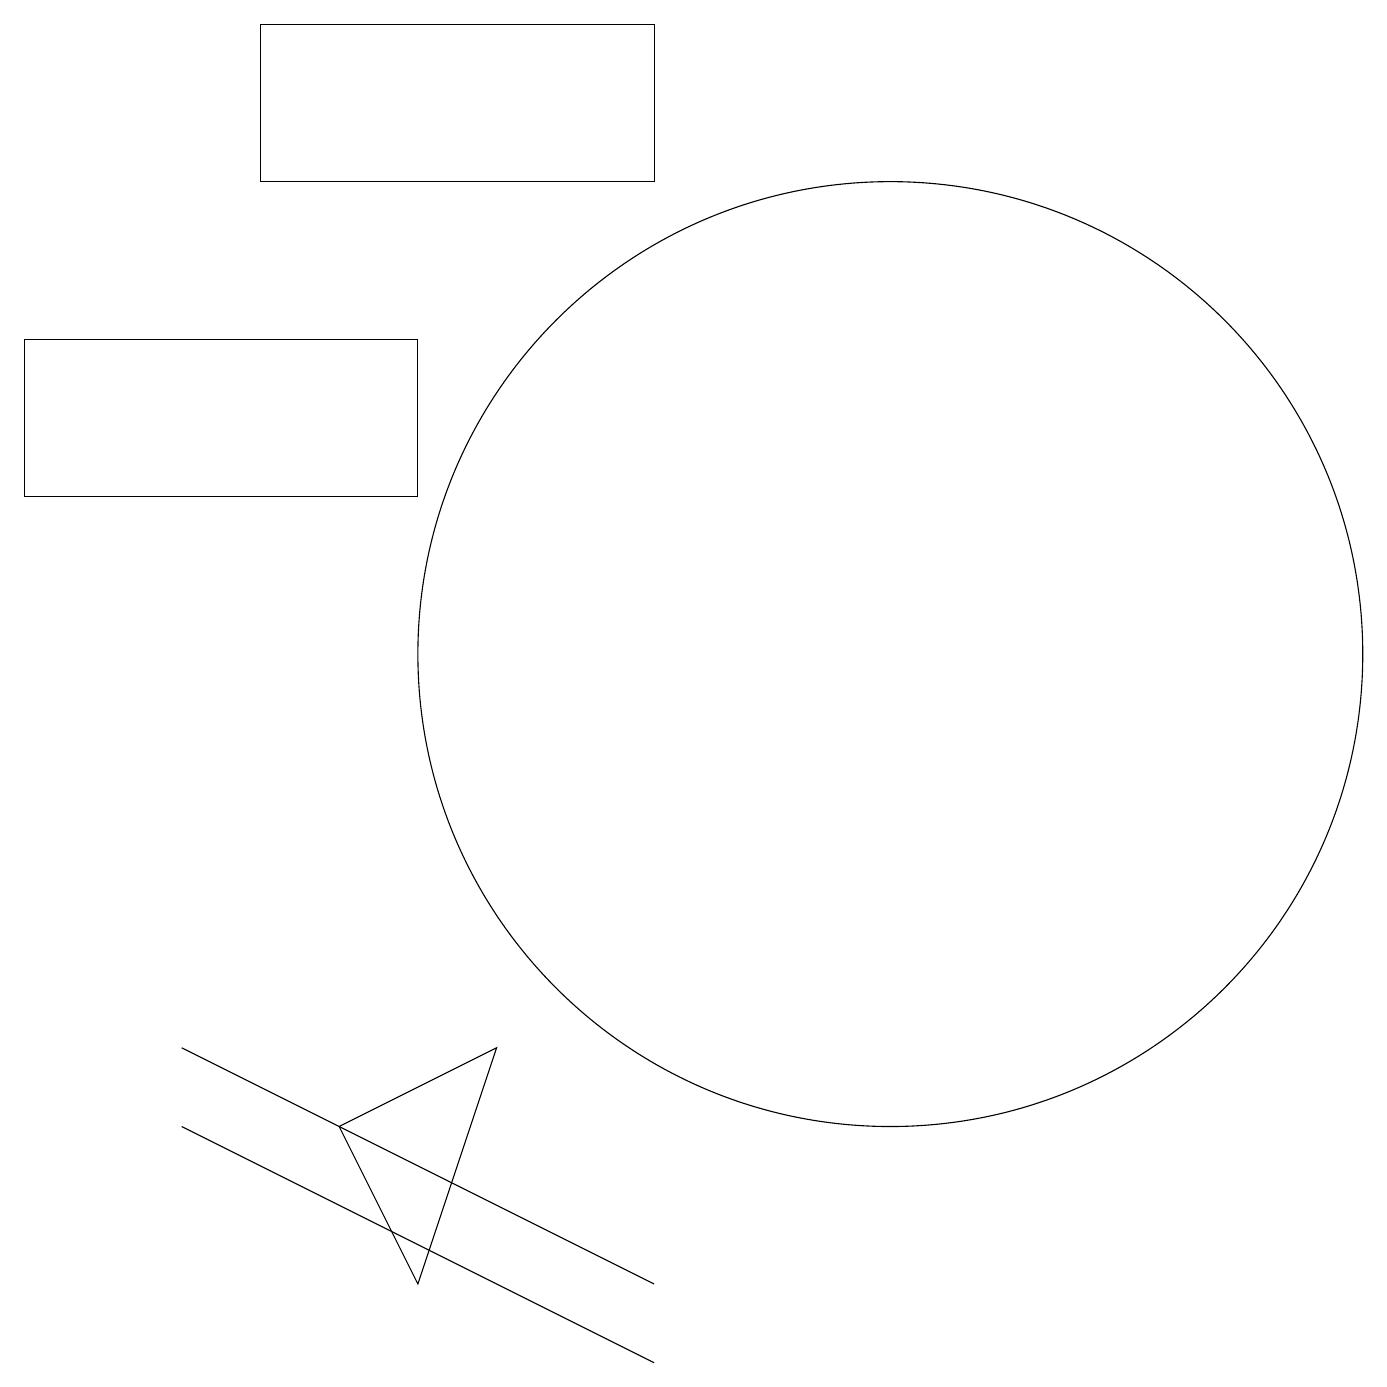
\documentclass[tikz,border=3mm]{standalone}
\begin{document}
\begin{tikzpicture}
\draw (8,2) -- (4,4) -- (2,5) -- cycle;
\draw (5,3) -- (4,5) -- (6,6) -- cycle;
\draw (11,11) circle (6);
\draw (2,6) -- (8,3) -- (2,6) -- cycle;
\draw (3,17) rectangle (8,19);
\draw (0,15) rectangle (5,13);
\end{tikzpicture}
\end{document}